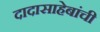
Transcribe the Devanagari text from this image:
दादासाहेबांची